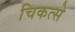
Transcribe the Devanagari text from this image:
चिकत्से